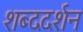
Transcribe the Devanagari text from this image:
शब्ददर्शन